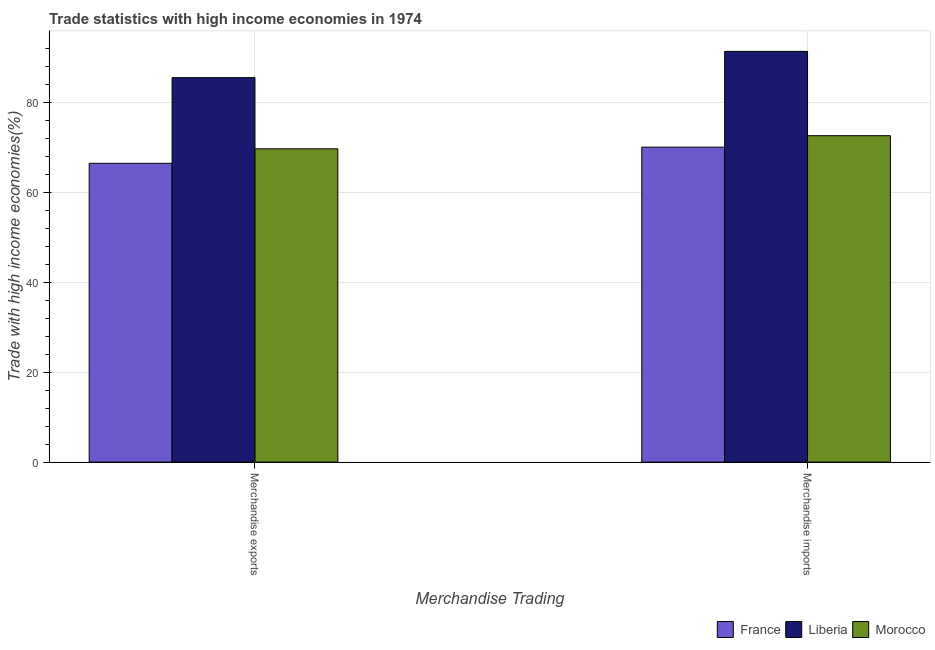
| Merchandise Trading | France | Liberia | Morocco |
 | --- | --- | --- | --- |
 | Merchandise exports | 66.5 | 85.6 | 69.7 |
 | Merchandise imports | 70.1 | 91.4 | 72.6 |